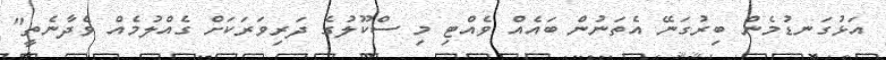
އަޅުގަނޑުމެން ބިރުގަނޭ އެތަނުން ބައެއް ވެއްޓި މި ސްކޫލުގެ ދަރިވަރަކަށް ގެއްލުމެއް ވެދާނެތީ"